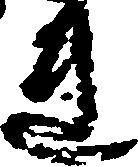
連